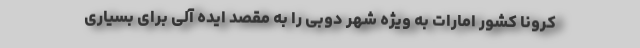
کرونا کشور امارات به ویژه شهر دوبی را به مقصد ایده آلی برای بسیاری